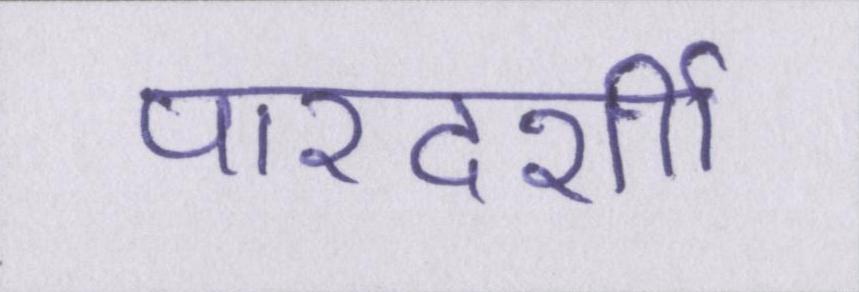
पारदर्शी